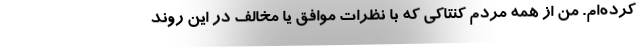
کرده‌ام. من از همه مردم کنتاکی که با نظرات موافق یا مخالف در این روند